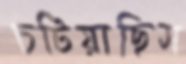
চটিয়াছিস